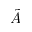
\tilde { A }